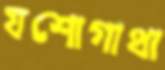
যশোগাথা